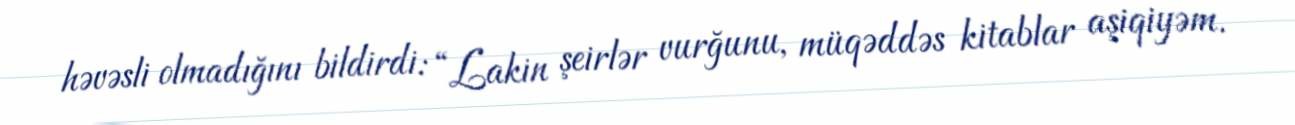
həvəsli olmadığını bildirdi: “Lakin şeirlər vurğunu, müqəddəs kitablar aşiqiyəm.